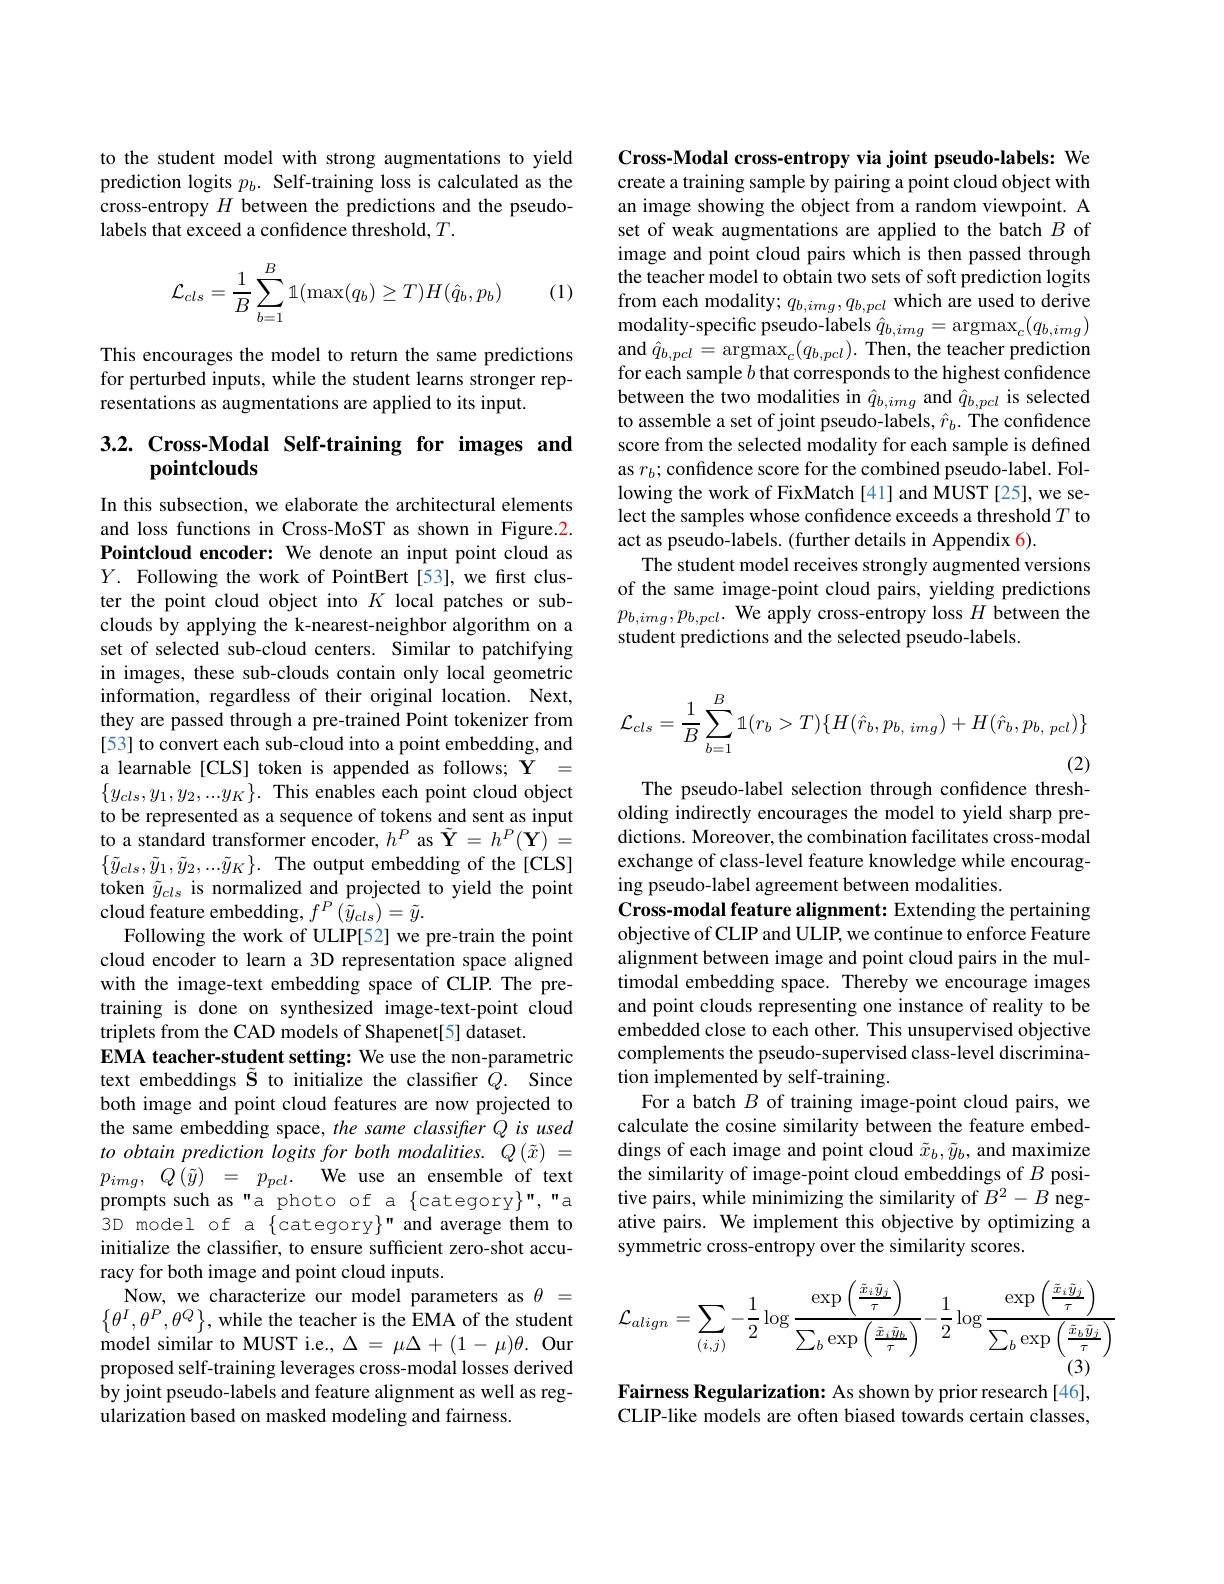
to the student model with strong augmentations to yield prediction logits $p_b.$ Self-training loss is calculated as the cross-entropy $H$ between the predictions and the pseudolabels that exceed a confidence threshold, $T.$
$$\mathcal{L}_{cls}=\dfrac{1}{B}\sum_{b=1}^{B}\mathbb{1}(\max(q_b)\ge T)H(\hat{q}_b,p_b)$$
(1)

This encourages the model to return the same predictions for perturbed inputs, while the student learns stronger representations as augmentations are applied to its input.

## 3.2. Cross-Modal Self-training for images and pointclouds

In this subsection, we elaborate the architectural elements and loss functions in Cross-MoST as shown in Figure.2. Pointcloud encoder: We denote an input point cloud as $Y.$ Following the work of PointBert[53], we first cluster the point cloud object into $K$ local patches or subclouds by applying the k-nearest-neighbor algorithm on a set of selected sub-cloud centers. Similar to patchifying in images, these sub-clouds contain only local geometric information, regardless of their original location. Next, they are passed through a pre-trained Point tokenizer from [53] to convert each sub-cloud into a point embedding, and a learnable [CLS] token is appended as follows; $\mathbf{Y}=$ $\{y_{cls},y_1,y_2,...y_K\}.$ This enables each point cloud object to be represented as a sequence of tokens and sent as input to a standard transformer encoder, $h^P$ as $\tilde{\mathbf{Y}}=h^P(\mathbf{Y})=$ $\{\tilde{y}_{cls},\tilde{y}_{1},\tilde{y}_{2},...\tilde{y}_{K}\}.$ The output embedding of the[CLS] token $\tilde{y}_{cls}$ is normalized and projected to yield the point cloud feature embedding, $f^P\left(\tilde{\tilde{y}}_{cls}\right)=\tilde{y}.$
Following the work of ULIP[52] we pre-train the point cloud encoder to learn a 3D representation space aligned with the image-text embedding space of CLIP. The pretraining is done on synthesized image-text-point cloud triplets from the CAD models of Shapenet[5] dataset.
EMA teacher-student setting: We use the non-parametric text embeddings Š to initialize the classifier $Q.$ Since both image and point cloud features are now projected to the same embedding space, the same classifier Q is used to obtain prediction logits for both modalities. $Q\left(\tilde{x}\right)=$ $p_{img}, Q\left ( \tilde{y} \right ) = p_{pcl}.$ We use an ensemble of text prompts such as"a photo of a \{category\}","a 3D model of a {category}" and average them to initialize the classifier, to ensure sufficient zero-shot accuracy for both image and point cloud inputs.
Now, we characterize our model parameters as $\theta=$ $\left\{\theta^{I},\theta^{P},\theta^{Q}\right\}$, while the teacher is the EMA of the student model similar to MUST i.e., $\Delta=\mu\Delta+(1-\mu)\theta.$ Our proposed self-training leverages cross-modal losses derived by joint pseudo-labels and feature alignment as well as regularization based on masked modeling and fairness.

Cross-Modal cross-entropy via joint pseudo-labels: We create a training sample by pairing a point cloud object with an image showing the object from a random viewpoint. A set of weak augmentations are applied to the batch $B$ of image and point cloud pairs which is then passed through the teacher model to obtain two sets of soft prediction logits from each modality; $q_b,img,q_{b,pcl}$ which are used to derive $\begin{array}{l}{\mathrm{modality-specific~pseudo-labels~}\hat{q}_{b,img}=\mathrm{argmax}_{c}(q_{b,img})}\\{\mathrm{and~}\hat{q}_{b,pcl}=\mathrm{argmax}_{c}(q_{b,pcl}).\mathrm{~Then,~the~teacher~prediction}}\end{array}$ for each sample $b$ that corresponds to the highest confidence between the two modalities in $\hat{q}_{b,img}$ and $\hat{q}_{b,pcl}$ is selected to assemble a set of joint pseudo-labels, $\hat{r}_b.$ The confidence score from the selected modality for each sample is defined as $r_b;$confidence score for the combined pseudo-label. Following the work of FixMatch [41] and MUST [25], we select the samples whose confidence exceeds a threshold $T$ to act as pseudo-labels. (further details in Appendix 6).
The student model receives strongly augmented versions of the same image-point cloud pairs, yielding predictions $p_{b,img},p_{b,pcl}.$ We apply cross-entropy loss $H$ between the student predictions and the selected pseudo-labels.
$$\mathcal{L}_{cls}=\dfrac{1}{B}\sum_{b=1}^{B}\mathbb{1}(r_{b}>T)\{H(\hat{r}_{b},p_{b,\:img})+H(\hat{r}_{b},p_{b,\:pcl})\}$$
The pseudo-label selection through confidence thresholding indirectly encourages the model to yield sharp predictions. Moreover, the combination facilitates cross-modal exchange of class-level feature knowledge while encouraging pseudo-label agreement between modalities.
Cross-modal feature alignment: Extending the pertaining objective of CLIP and ULIP, we continue to enforce Feature alignment between image and point cloud pairs in the multimodal embedding space. Thereby we encourage images and point clouds representing one instance of reality to be embedded close to each other. This unsupervised objective complements the pseudo-supervised class-level discrimination implemented by self-training.
For a batch $B$ of training image-point cloud pairs, we calculate the cosine similarity between the feature embeddings of each image and point cloud $\tilde{x}_b,\tilde{y}_b$, and maximize the similarity of image-point cloud embeddings of $B$ positive pairs, while minimizing the similarity of $B^2-B$ negative pairs. We implement this objective by optimizing a symmetric cross-entropy over the similarity scores.
$$\mathcal{L}_{align}=\sum_{(i,j)}-\frac{1}{2}\log\frac{\exp\left(\frac{\tilde{x}_{i}\tilde{y}_{j}}{\tau}\right)}{\sum_{b}\exp\left(\frac{\tilde{x}_{i}\tilde{y}_{b}}{\tau}\right)}-\frac{1}{2}\log\frac{\exp\left(\frac{\tilde{x}_{i}\tilde{y}_{j}}{\tau}\right)}{\sum_{b}\exp\left(\frac{\tilde{x}_{b}\tilde{y}_{j}}{\tau}\right)}\\\text{(3)}$$
Fairness Regularization: As shown by prior research[46], CLIP-like models are often biased towards certain classes,